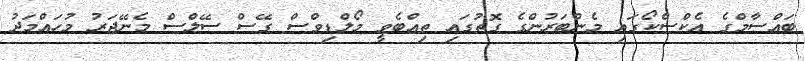
ބައްސާމްގެ އެކްސްކޯގައި މެންބަރުންގެ ގޮތުގައި ތިއްބެވީ މޯލްޑިވްސް ގޭސް ސޭލްސް މެނޭޖަރު މުހައްމަދު